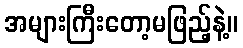
အများကြီးတော့မဖြည့်နဲ့။